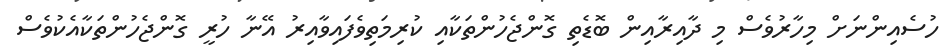
ހުސެއިންނަށް މިހާރުވެސް މި ދާއިރާއިން ބޮޑެތި ގޮންޖެހުންތަކާއި ކުރިމަތިވެފައިވާއިރު އޭނާ ހުރީ ގޮންޖެހުންތަކާއެކުވެސް